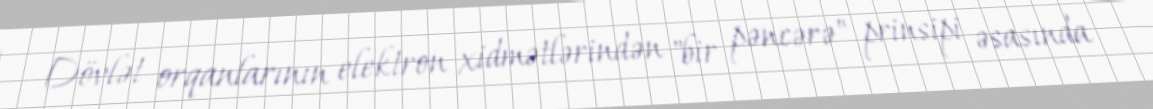
Dövlət orqanlarının elektron xidmətlərindən "bir pəncərə" prinsipi əsasında